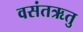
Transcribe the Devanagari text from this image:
वसंतऋतु